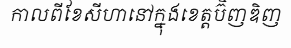
កាលពីខែសីហានៅក្នុងខេត្តប៊ិញឌិញ